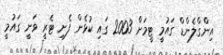
އިންގްލެންޑް ގައުމީ ޓީމަށް 2003 ގައި ކުޅެން ފެށި ޓެރީ ވަނީ ގައުމީ